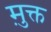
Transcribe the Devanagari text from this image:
मु़क्त